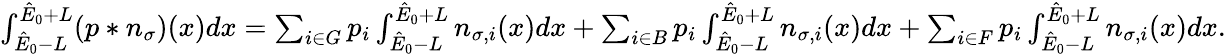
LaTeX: \begin{array}{r}{\int_{\hat{E}_{0}-L}^{\hat{E}_{0}+L}(p\ast n_{\sigma})(x)dx=\sum_{i\in G}p_{i}\int_{\hat{E}_{0}-L}^{\hat{E}_{0}+L}n_{\sigma,i}(x)dx+\sum_{i\in B}p_{i}\int_{\hat{E}_{0}-L}^{\hat{E}_{0}+L}n_{\sigma,i}(x)dx+\sum_{i\in F}p_{i}\int_{\hat{E}_{0}-L}^{\hat{E}_{0}+L}n_{\sigma,i}(x)dx.}\end{array}